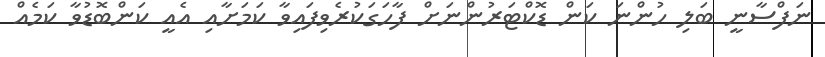
ނަފްސާނީ ބަލި ހުންނަ ކަން ޑޮކްޓަރުންނަށް ފާހަގަކުރެވިފައިވާ ކަމަށާއި އެއީ ކަންބޮޑުވާ ކަމެއް